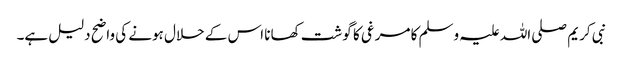
نبی کریم صلی اللہ علیہ وسلم کا مرغی کا گوشت کھانا اس کے حلال ہونے کی واضح دلیل ہے۔